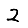
Digit: 2